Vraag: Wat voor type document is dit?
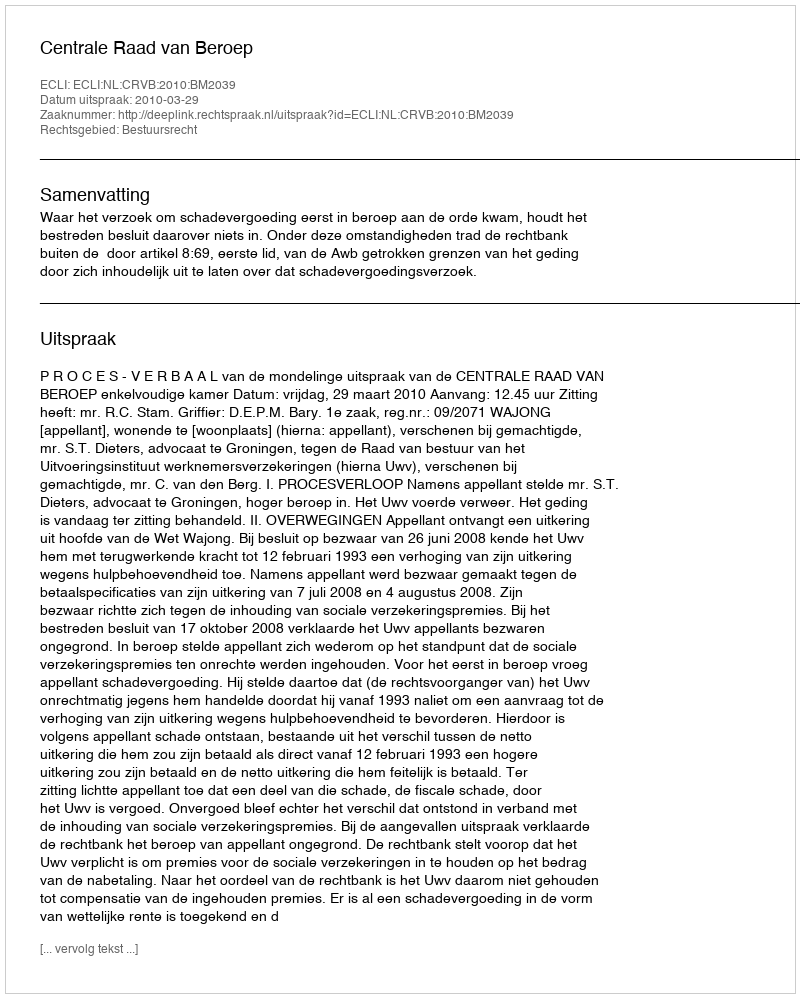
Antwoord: Uitspraak